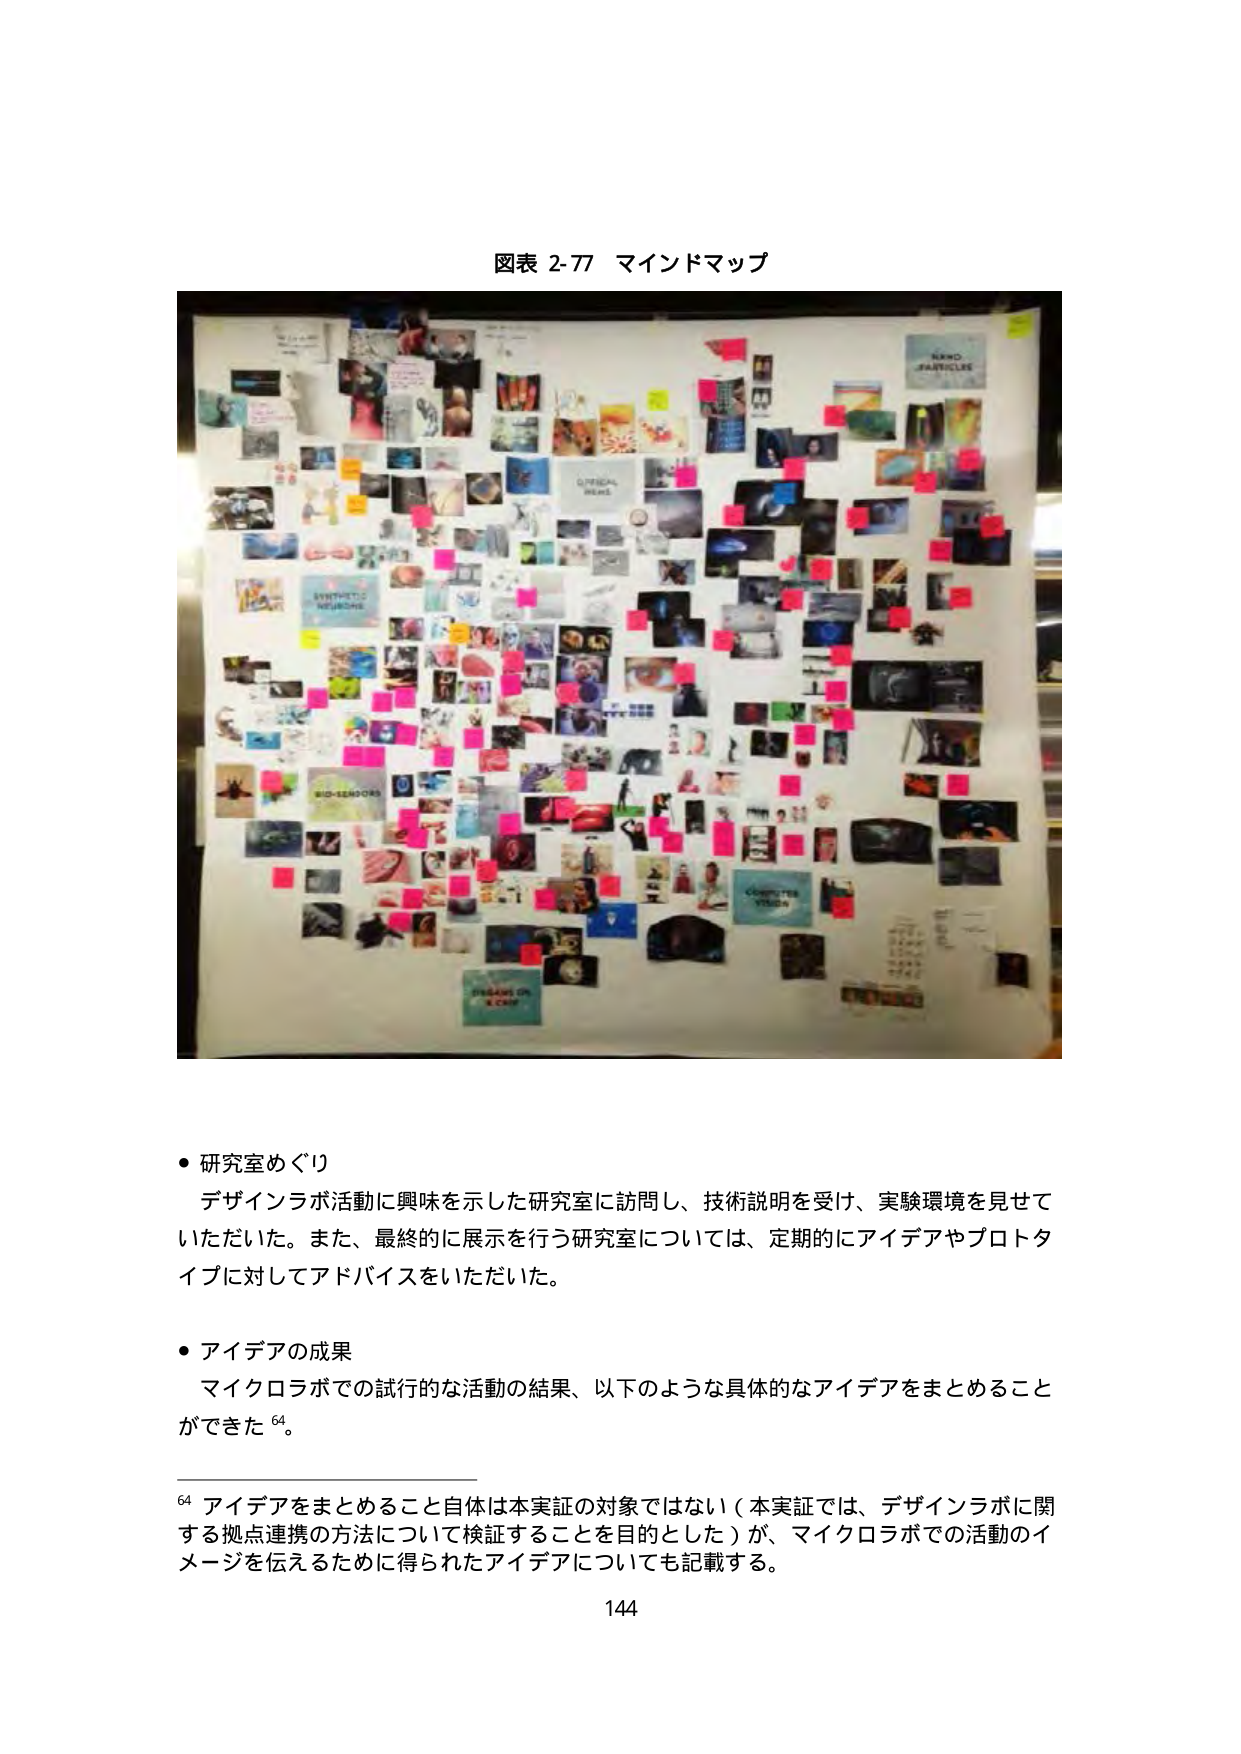
図表 2-77 マインドマップ

• 研究室めぐり
デザインラボ活動に興味を示した研究室に訪問し、技術説明を受け、実験環境を見せていただいた。また、最終的に展示を行う研究室については、定期的にアイデアやプロトタイプに対してアドバイスをいただいた。

• アイデアの成果
マイクロラボでの試行的な活動の結果、以下のような具体的なアイデアをまとめることが出来た⁶⁴。

⁶⁴ アイデアをまとめること自体は本実証の対象ではない（本実証では、デザインラボに関する視点連携の方法について検証することを目的とした）が、マイクロラボでの活動のイメージを伝えるために得られたアイデアについても記載する。

144